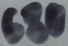
Text: 680